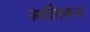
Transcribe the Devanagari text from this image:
नर्मदेवरून